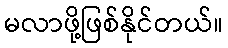
မလာဖို့ဖြစ်နိုင်တယ်။